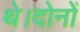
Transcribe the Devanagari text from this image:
थे।दोनों